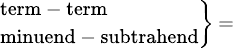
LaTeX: \scriptstyle\left.{\begin{array}{l}{\scriptstyle{\mathrm{term}}\, -\, {\mathrm{term}}}\\ {\scriptstyle{\mathrm{minuend}}\, -\, {\mathrm{subtrahend}}}\end{array}}\right\} \, =